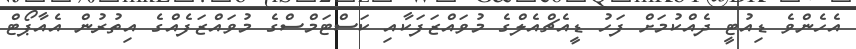
އެހެންވެ ޑިއުޓީ ދެއްކުމަށް ފަހު ޑީއެޗްއެލްގެ މުވައްޒަފަކާއި ކަސްޓަމްސްގެ މުވައްޒަފެއްގެ އިތުރުން އެއާޕޯޓް